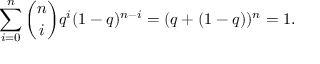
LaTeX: \sum _ { i = 0 } ^ { n } { \binom { n } { i } } q ^ { i } ( 1 - q ) ^ { n - i } = ( q + ( 1 - q ) ) ^ { n } = 1 .